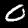
Digit: 0